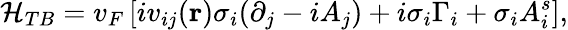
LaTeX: \mathcal{H}_{TB}=v_{F}\left[iv_{ij}(\mathbf{r})\sigma_{i}(\partial_{j}-iA_{j})+i\sigma_{i}\Gamma_{i}+\sigma_{i}A_{i}^{s}\right],